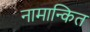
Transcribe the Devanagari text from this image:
नामान्कित